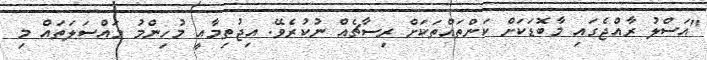
"އަސްލު ރާއްޖެގައި މާބޮޑަކަށް ކަންތައްތަކަށް ރިސާޗެއް ނުކުރެވޭ. އިޖުތިމާއީ މުހިންމު މައްސަލަތައް މި